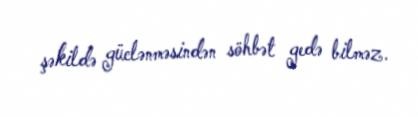
şəkildə güclənməsindən söhbət gedə bilməz.